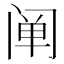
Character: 阐